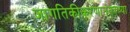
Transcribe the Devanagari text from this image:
जागतिकीकरणानंतरच्या